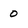
Character: 0